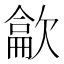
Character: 𰙘